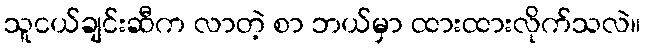
သူငယ်ချင်းဆီက လာတဲ့ စာ ဘယ်မှာ ထားထားလိုက်သလဲ။